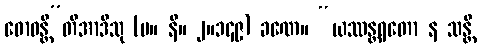
ဓောဝန္တီ”တိအာဒီသု (မ။ နိ။ ၂။၁၄၉) ခဏေ။ “ယဿန္တရတော န သန္တိ